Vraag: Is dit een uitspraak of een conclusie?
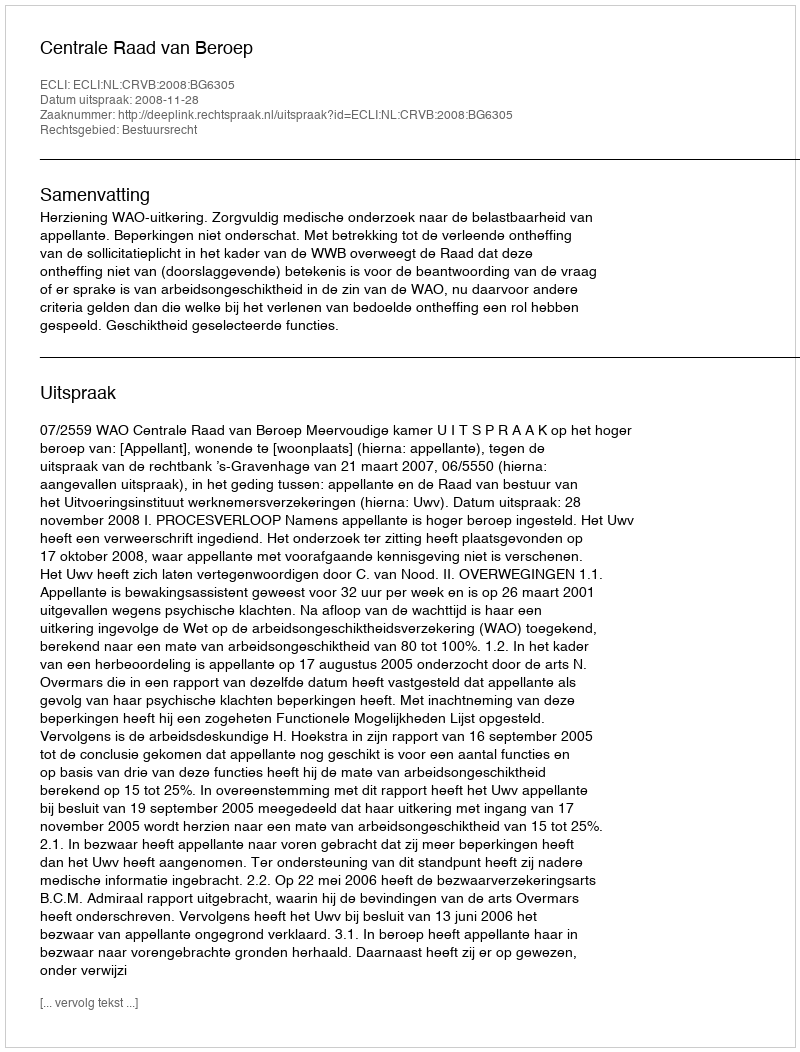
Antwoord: Uitspraak